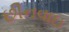
છીનવાઇ